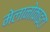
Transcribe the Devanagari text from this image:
मेलानोकाइटा